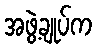
အဖွဲ့ချုပ်က